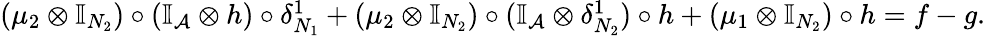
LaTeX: \begin{array}{r}{(\mu_{2}\otimes\mathbb{I}_{N_{2}})\circ(\mathbb{I}_{\mathcal{A}}\otimes h)\circ\delta_{N_{1}}^{1}+(\mu_{2}\otimes\mathbb{I}_{N_{2}})\circ(\mathbb{I}_{\mathcal{A}}\otimes\delta_{N_{2}}^{1})\circ h+(\mu_{1}\otimes\mathbb{I}_{N_{2}})\circ h=f-g.}\end{array}